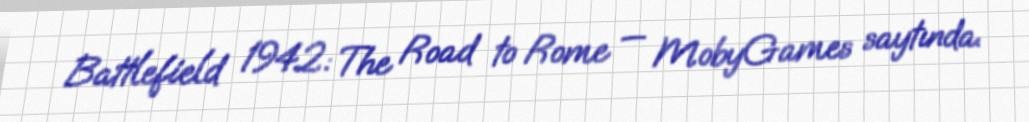
Battlefield 1942: The Road to Rome — MobyGames saytında.